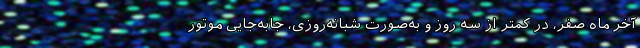
آخر ماه صفر، در کمتر از سه روز و به‌صورت شبانه‌روزی، جابه‌جایی موتور